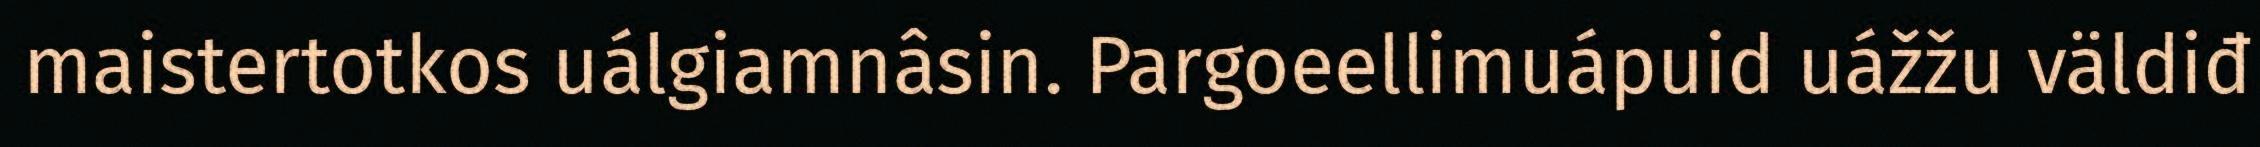
maistertotkos uálgiamnâsin. Pargoeellimuápuid uážžu väldiđ